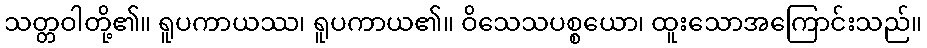
သတ္တဝါတို့၏။ ရူပကာယဿ၊ ရူပကာယ၏။ ဝိသေသပစ္စယော၊ ထူးသောအကြောင်းသည်။